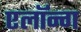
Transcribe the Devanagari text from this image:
एलॉन्ग